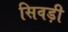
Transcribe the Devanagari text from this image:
सिवड़ी